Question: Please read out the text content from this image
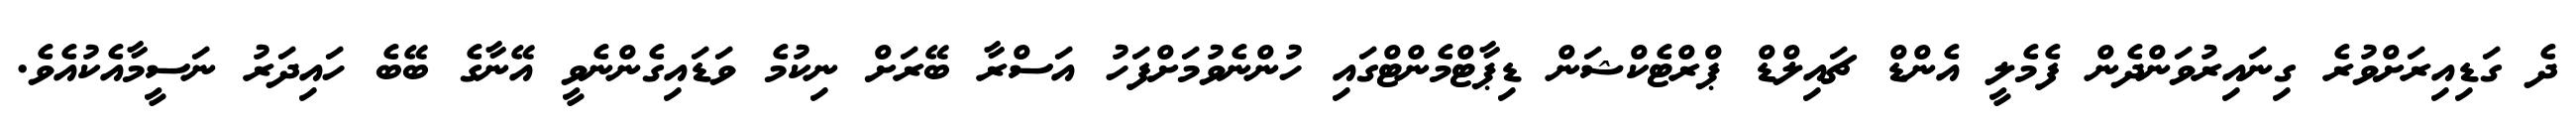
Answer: ދެ ގަޑިއިރަށްވުރެ ގިނައިރުވަންދެން ފެމެލީ އެންޑް ޗައިލްޑް ޕްރްޓެކްޝަން ޑިޕާޓްމެންޓްގައި ހުންނެވުމަށްފަހު އަސްރާ ބޭރަށް ނިކުމެ ވަޑައިގެންނެވީ އޭނާގެ ބޭބެ ހައިދަރު ނަސީމާއެކުއެވެ.